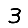
Digit: 3